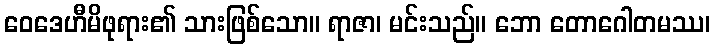
ဝေဒေဟီမိဖုရား၏ သားဖြစ်သော။ ရာဇာ၊ မင်းသည်။ ဘော တောဂေါတမဿ၊